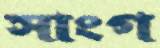
সাংগ